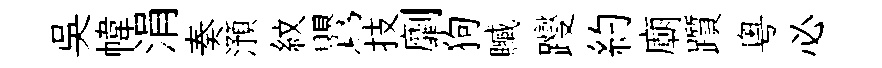
吳幃涓奏澦紋鸎技劘狗贓躞約廟躓粵必